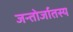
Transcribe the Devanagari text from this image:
जन्तोर्जातस्य